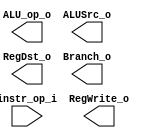
module Decoder(
    instr_op_i,
	RegWrite_o,
	ALU_op_o,
	ALUSrc_o,
	RegDst_o,
	Branch_o
	);

//I/O ports
input  [6-1:0] instr_op_i;

output         RegWrite_o;
output [3-1:0] ALU_op_o;
output         ALUSrc_o;
output         RegDst_o;
output         Branch_o;

//Internal Signals
reg    [3-1:0] ALU_op_o;
reg            ALUSrc_o;
reg            RegWrite_o;
reg            RegDst_o;
reg            Branch_o;

//Parameter


//Main function

endmodule